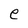
Character: e